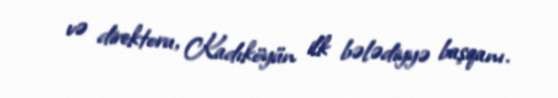
və direktoru, Kadıköyün ilk bələdiyyə başqanı.